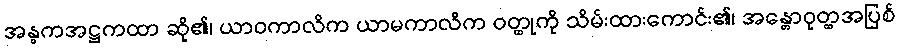
အန္ဓကအဋ္ဌကထာ ဆို၏၊ ယာဝကာလိက ယာမကာလိက ဝတ္ထုကို သိမ်းထားကောင်း၏၊ အန္တောဝုတ္ထအပြစ်